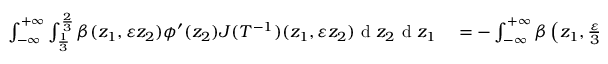
\begin{array} { r l } { \int _ { - \infty } ^ { + \infty } \int _ { \frac { 1 } { 3 } } ^ { \frac { 2 } { 3 } } \beta ( z _ { 1 } , \varepsilon z _ { 2 } ) \phi ^ { \prime } ( z _ { 2 } ) J ( T ^ { - 1 } ) ( z _ { 1 } , \varepsilon z _ { 2 } ) \textrm { d } z _ { 2 } \textrm { d } z _ { 1 } } & { { } = - \int _ { - \infty } ^ { + \infty } \beta \left( z _ { 1 } , \frac { \varepsilon } { 3 } \right) J ( T ^ { - 1 } ) \left( z _ { 1 } , \frac { \varepsilon } { 3 } \right) \textrm { d } z _ { 1 } } \end{array}